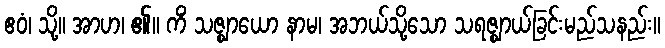
ဧဝံ၊ သို့။ အာဟ၊ ၏။ ကိံ သဇ္ဈာယော နာမ၊ အဘယ်သို့သော သရဇ္ဈာယ်ခြင်းမည်သနည်း။